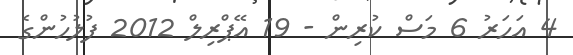
4 އަހަރު 6 މަސް ކުރިން - 19 އޭޕްރިލް 2012 ފުލުހުންގެ